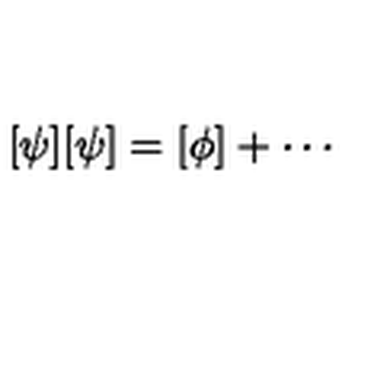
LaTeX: [ \psi ] [ \psi ] = [ \phi ] + \cdots